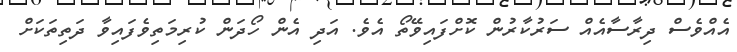
އެއްވެސް ދިރާސާއެއް ސަރުކާރުން ކޮށްފައިވޭތޯ އެވެ. އަދި އެން ހޯދަން ކުރިމަތިވެފައިވާ ދަތިތަކަށް